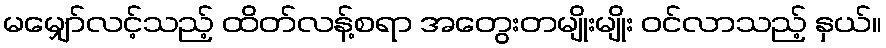
မမျှော်လင့်သည့် ထိတ်လန့်စရာ အတွေးတမျိုးမျိုး ဝင်လာသည့် နှယ်။